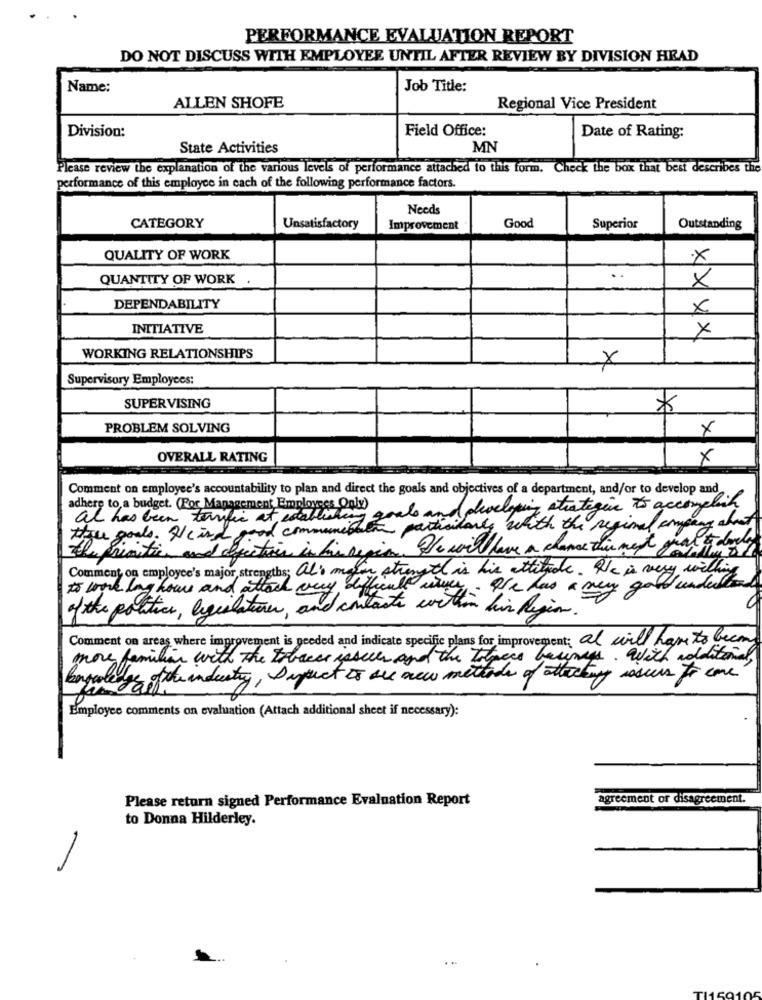
PERFORMANCE EVALUATION REPORT
DO NOT DISCUSS WITH EMPLOYEE UNTIL AFTER REVIEW BY DIVISION HEAD
Name:
Job Title:
ALLEN SHOFE
Regional Vice President
Division:
Field Office:
Date of Rating:
State Activities
MN
Please review the explanation of the various levels of performance attached to this form. Check the box that best describes the
performance of this employee in each of the following performance factors.
Needs
Good
CATEGORY
Unsatisfactory
Improvement
Superior
Outstanding
QUALITY OF WORK
X
QUANTITY OF WORK
×
DEPENDABILITY
x
INITIATIVE
x
WORKING RELATIONSHIPS
X
Supervisory Employees:
SUPERVISING
*
PROBLEM SOLVING
x
OVERALL RATING
x
Comment on employee's accountability to plan and direct the goals and objectives of a department, and/or to develop and
adhere to a budget. (For Management Employees Only)
al has been terrific at establishing goals and phoclosing strategin to accomplish
I good communicate particularly with the regional company annet
the goals. Heids.
initier and desint
ejections in his senin. We wil have a chance this mest fashion of .
the printis
Comment on employee's major strengths; al: majon strength is his attitude. He is very
to work long hours and att
hver . Ale has a may good understand
of the politics, legislature, and contacts cortion his Region.
Comment on areas where improvement is needed and indicate specific plans for improvement;
ovement: al will have to becas
more familiar with the tobacco isseces and the tobacco business . With additional,
kangooleage ofthe industry, syjust to see new methods of attaching issues for cone
Employee comments on evaluation (Attach additional sheet if necessary):
Please return signed Performance Evaluation Report
agreement or disagreement.
to Donna Hilderley.
-